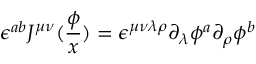
\epsilon ^ { a b } J ^ { \mu \nu } ( \frac \phi x ) = \epsilon ^ { \mu \nu \lambda \rho } \partial _ { \lambda } \phi ^ { a } \partial _ { \rho } \phi ^ { b }